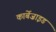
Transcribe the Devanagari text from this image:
कार्बेज़ाइड